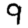
Digit: 9